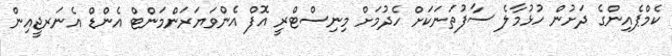
ކެމްޕެއިންގެ ދަށުން ހުޅުމާލެ ސާފުތަނަކަށް ހެދުމަށް މިނިސްޓްރީ އޮފް އެންވަޔަރަންމަންޓް އެންޑް އެނަރޖީއިން